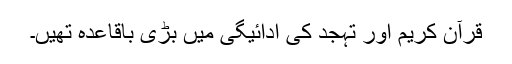
قرآن کریم اور تہجد کی ادائیگی میں بڑی باقاعدہ تھیں۔